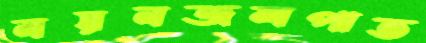
নয়নজলপাত